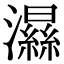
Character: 𤂽